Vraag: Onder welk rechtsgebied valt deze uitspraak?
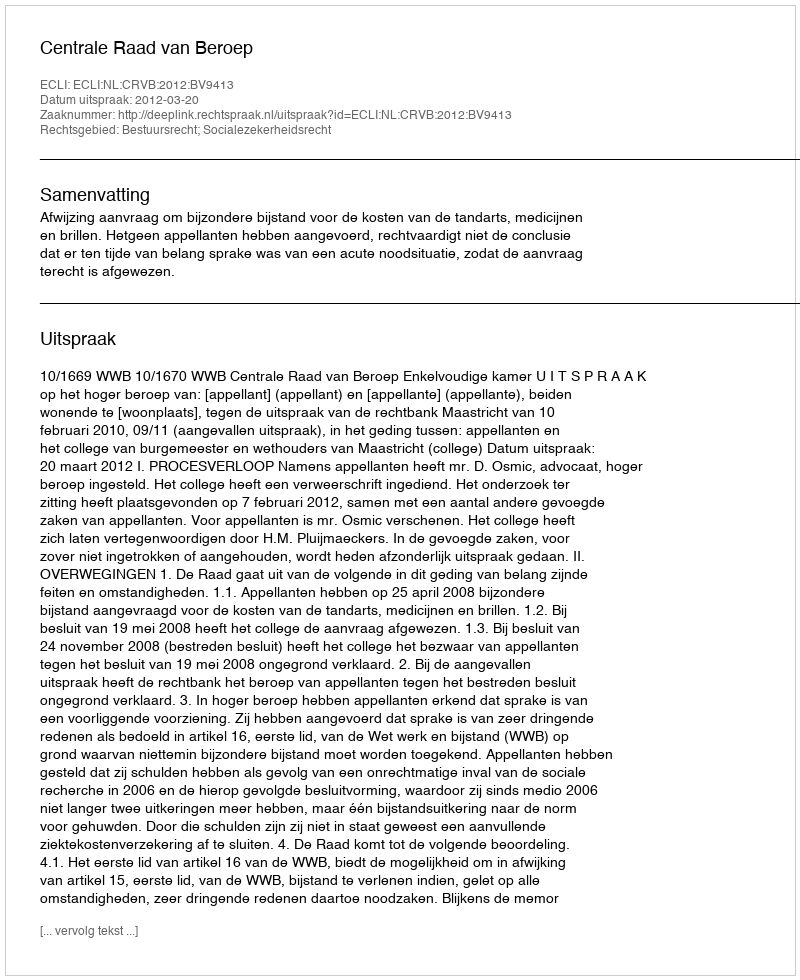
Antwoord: Bestuursrecht; Socialezekerheidsrecht